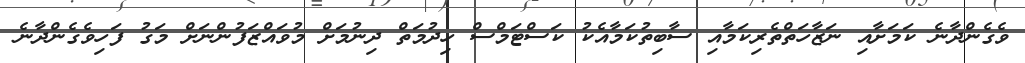
ވެގެންދާނެ ކަމަށާއި ނަޒާހަތްތެރިކަމާއި ސާބިތުކަމާއެކު ކަސްޓަމްސް ހިދުމަތް ދިނުމަށް މުވައްޒަފުންނަށް މަގު ފަހިވެގެންދާނެ